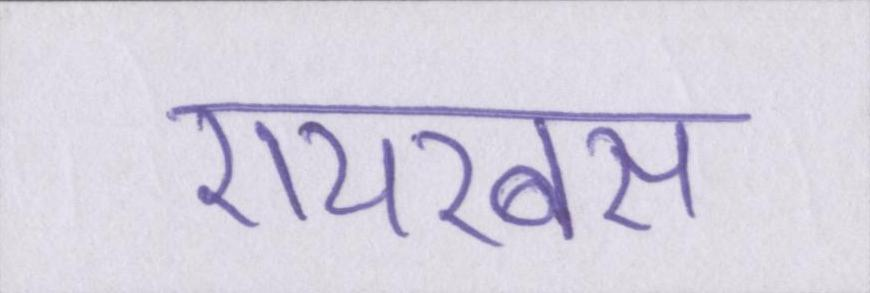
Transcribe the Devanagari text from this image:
एयरबस